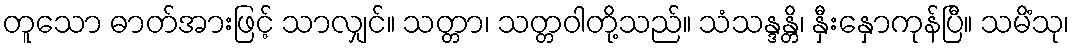
တူသော ဓာတ်အားဖြင့် သာလျှင်။ သတ္တာ၊ သတ္တဝါတို့သည်။ သံသန္ဒန္တိ၊ နှီးနှောကုန်ပြီ။ သမိံသု၊